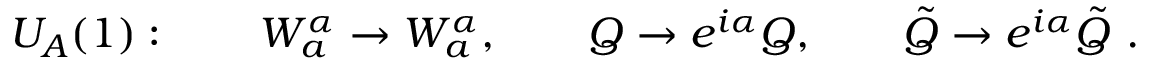
U _ { A } ( 1 ) : \qquad W _ { a } ^ { \alpha } \rightarrow W _ { a } ^ { \alpha } , \qquad Q \rightarrow e ^ { i \alpha } Q , \qquad \tilde { Q } \rightarrow e ^ { i \alpha } \tilde { Q } \ .